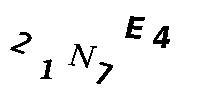
21N7E4